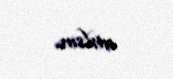
atılsın.